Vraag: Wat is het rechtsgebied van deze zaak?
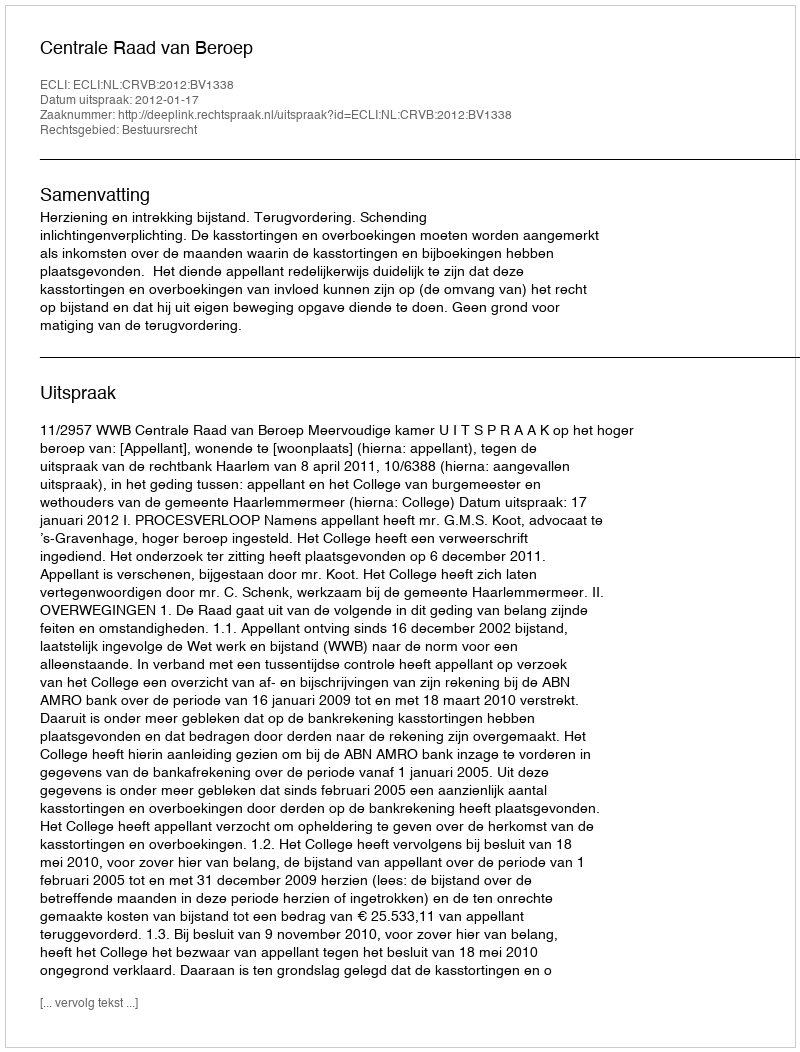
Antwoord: Bestuursrecht